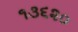
૧૩૬૨૦